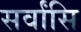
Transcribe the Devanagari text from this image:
सर्वांसि